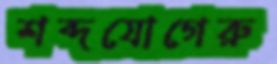
শব্দযোগেরু